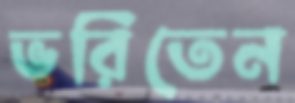
ভরিতেন